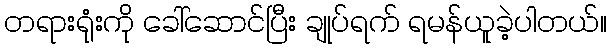
တရားရုံးကို ခေါ်ဆောင်ပြီး ချုပ်ရက် ရမန်ယူခဲ့ပါတယ်။